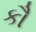
કૌ